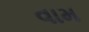
વામ